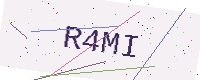
Text: R4MI